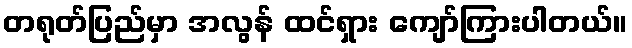
တရုတ်ပြည်မှာ အလွန် ထင်ရှား ကျော်ကြားပါတယ်။